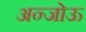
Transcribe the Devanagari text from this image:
अन्जोऊ